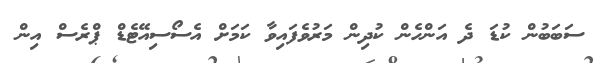
ސަބަބުން ކުޑަ ދެ އަންހެން ކުދިން މަރުވެފައިވާ ކަމަށް އެސޯސިއޭޓެޑް ޕްރެސް އިން